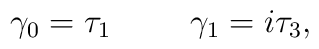
\gamma_0=\tau_1 \hspace*{1cm} \gamma_1=i\tau_3,